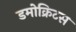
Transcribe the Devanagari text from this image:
डमोक्रिटस